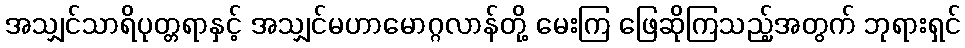
အသျှင်သာရိပုတ္တရာနှင့် အသျှင်မဟာမောဂ္ဂလာန်တို့ မေးကြ ဖြေဆိုကြသည့်အတွက် ဘုရားရှင်